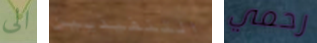
الى التنفيذيين رحمي